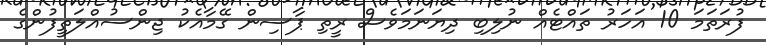
ފުރަތަމަ 10 އަހަރު ތައްޓެއް ނުލިބި ދިޔަނަމަވެސް ރީތި ޕާސިން ގޭމާއެކު ޖިންސުއްލަތީފުންގެ